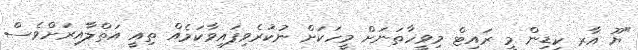
"ޔޫ އާރ ކިޑިން މީ ރައިޓް މިވީހާތަނަށް މީހަކަށް ނުކުރެވިފައިވާކަމެއް ތިއީ އަތްލާއިރަށްވެސް